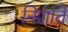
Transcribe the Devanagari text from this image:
निशांते